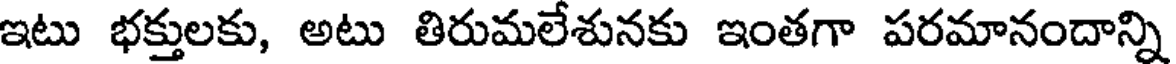
ఇటు భక్తులకు, అటు తిరుమలేశునకు ఇంతగా పరమానందాన్ని